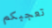
تعجبكم